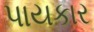
પાયકાર